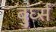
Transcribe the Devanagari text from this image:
बुर्घ्स